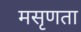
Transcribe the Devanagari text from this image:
मसृणता